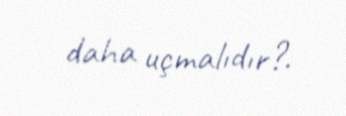
daha uçmalıdır?.